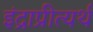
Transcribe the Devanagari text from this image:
इंद्राप्रीत्यर्थ